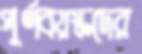
পূর্ণবয়স্কদের